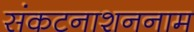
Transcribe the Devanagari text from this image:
संकटनाशननाम